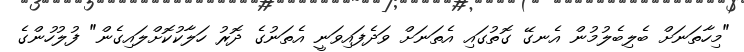
"މިހާތަނަށް ބެލިބެލުމުން އެނގޭ ގޮތުގައި އެތަނަށް ވަދެފައިވަނީ އެތަނުގެ ދޮރު ހަލާކުކޮށްލައިގެން" ފުލުހުންގެ